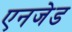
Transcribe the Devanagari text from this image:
एनजेड